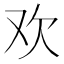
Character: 欢